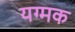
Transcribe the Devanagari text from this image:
यग्मक